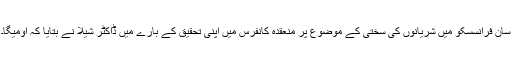
سان فرانسسکو میں شریانوں کی سختی کے موضوع پر منعقدہ کانفرس میں اپنی تحقیق کے بارے میں ڈاکٹر شیلا نے بتایا کہ اومیگا۔